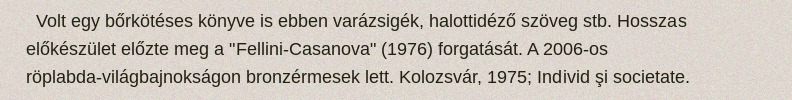
Volt egy bőrkötéses könyve is ebben varázsigék, halottidéző szöveg stb. Hosszas előkészület előzte meg a "Fellini-Casanova" (1976) forgatását. A 2006-os röplabda-világbajnokságon bronzérmesek lett. Kolozsvár, 1975; Individ şi societate.